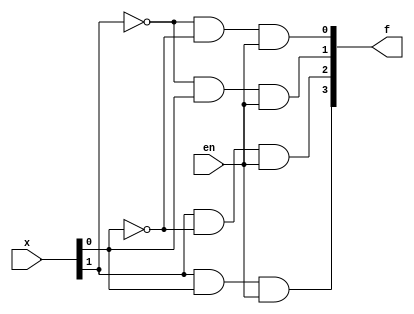
module two_to_four_decoder(x, f, en);

    input  wire  [1:0] x;
    input  wire        en;
    
    output wire  [3:0] f;


    assign f[0] = ~x[1] & ~x[0] & en;
    assign f[1] = ~x[1] &  x[0] & en;
    assign f[2] =  x[1] & ~x[0] & en;
    assign f[3] =  x[1] &  x[0] & en;


endmodule